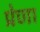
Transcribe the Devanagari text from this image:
प्रेणा